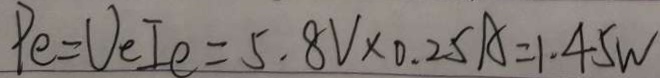
P e = U _ { e I e } = 5 . 8 V \times 0 . 2 5 A = 1 . 4 5 W